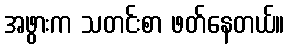
အဖွားက သတင်းစာ ဖတ်နေတယ်။